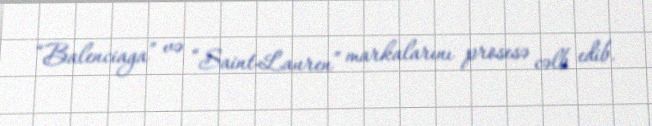
“Balenciaga” və “Saint-Lauren” markalarını prosesə cəlb edib.